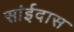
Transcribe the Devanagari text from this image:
सांईदास